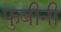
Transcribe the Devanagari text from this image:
फुबीनी